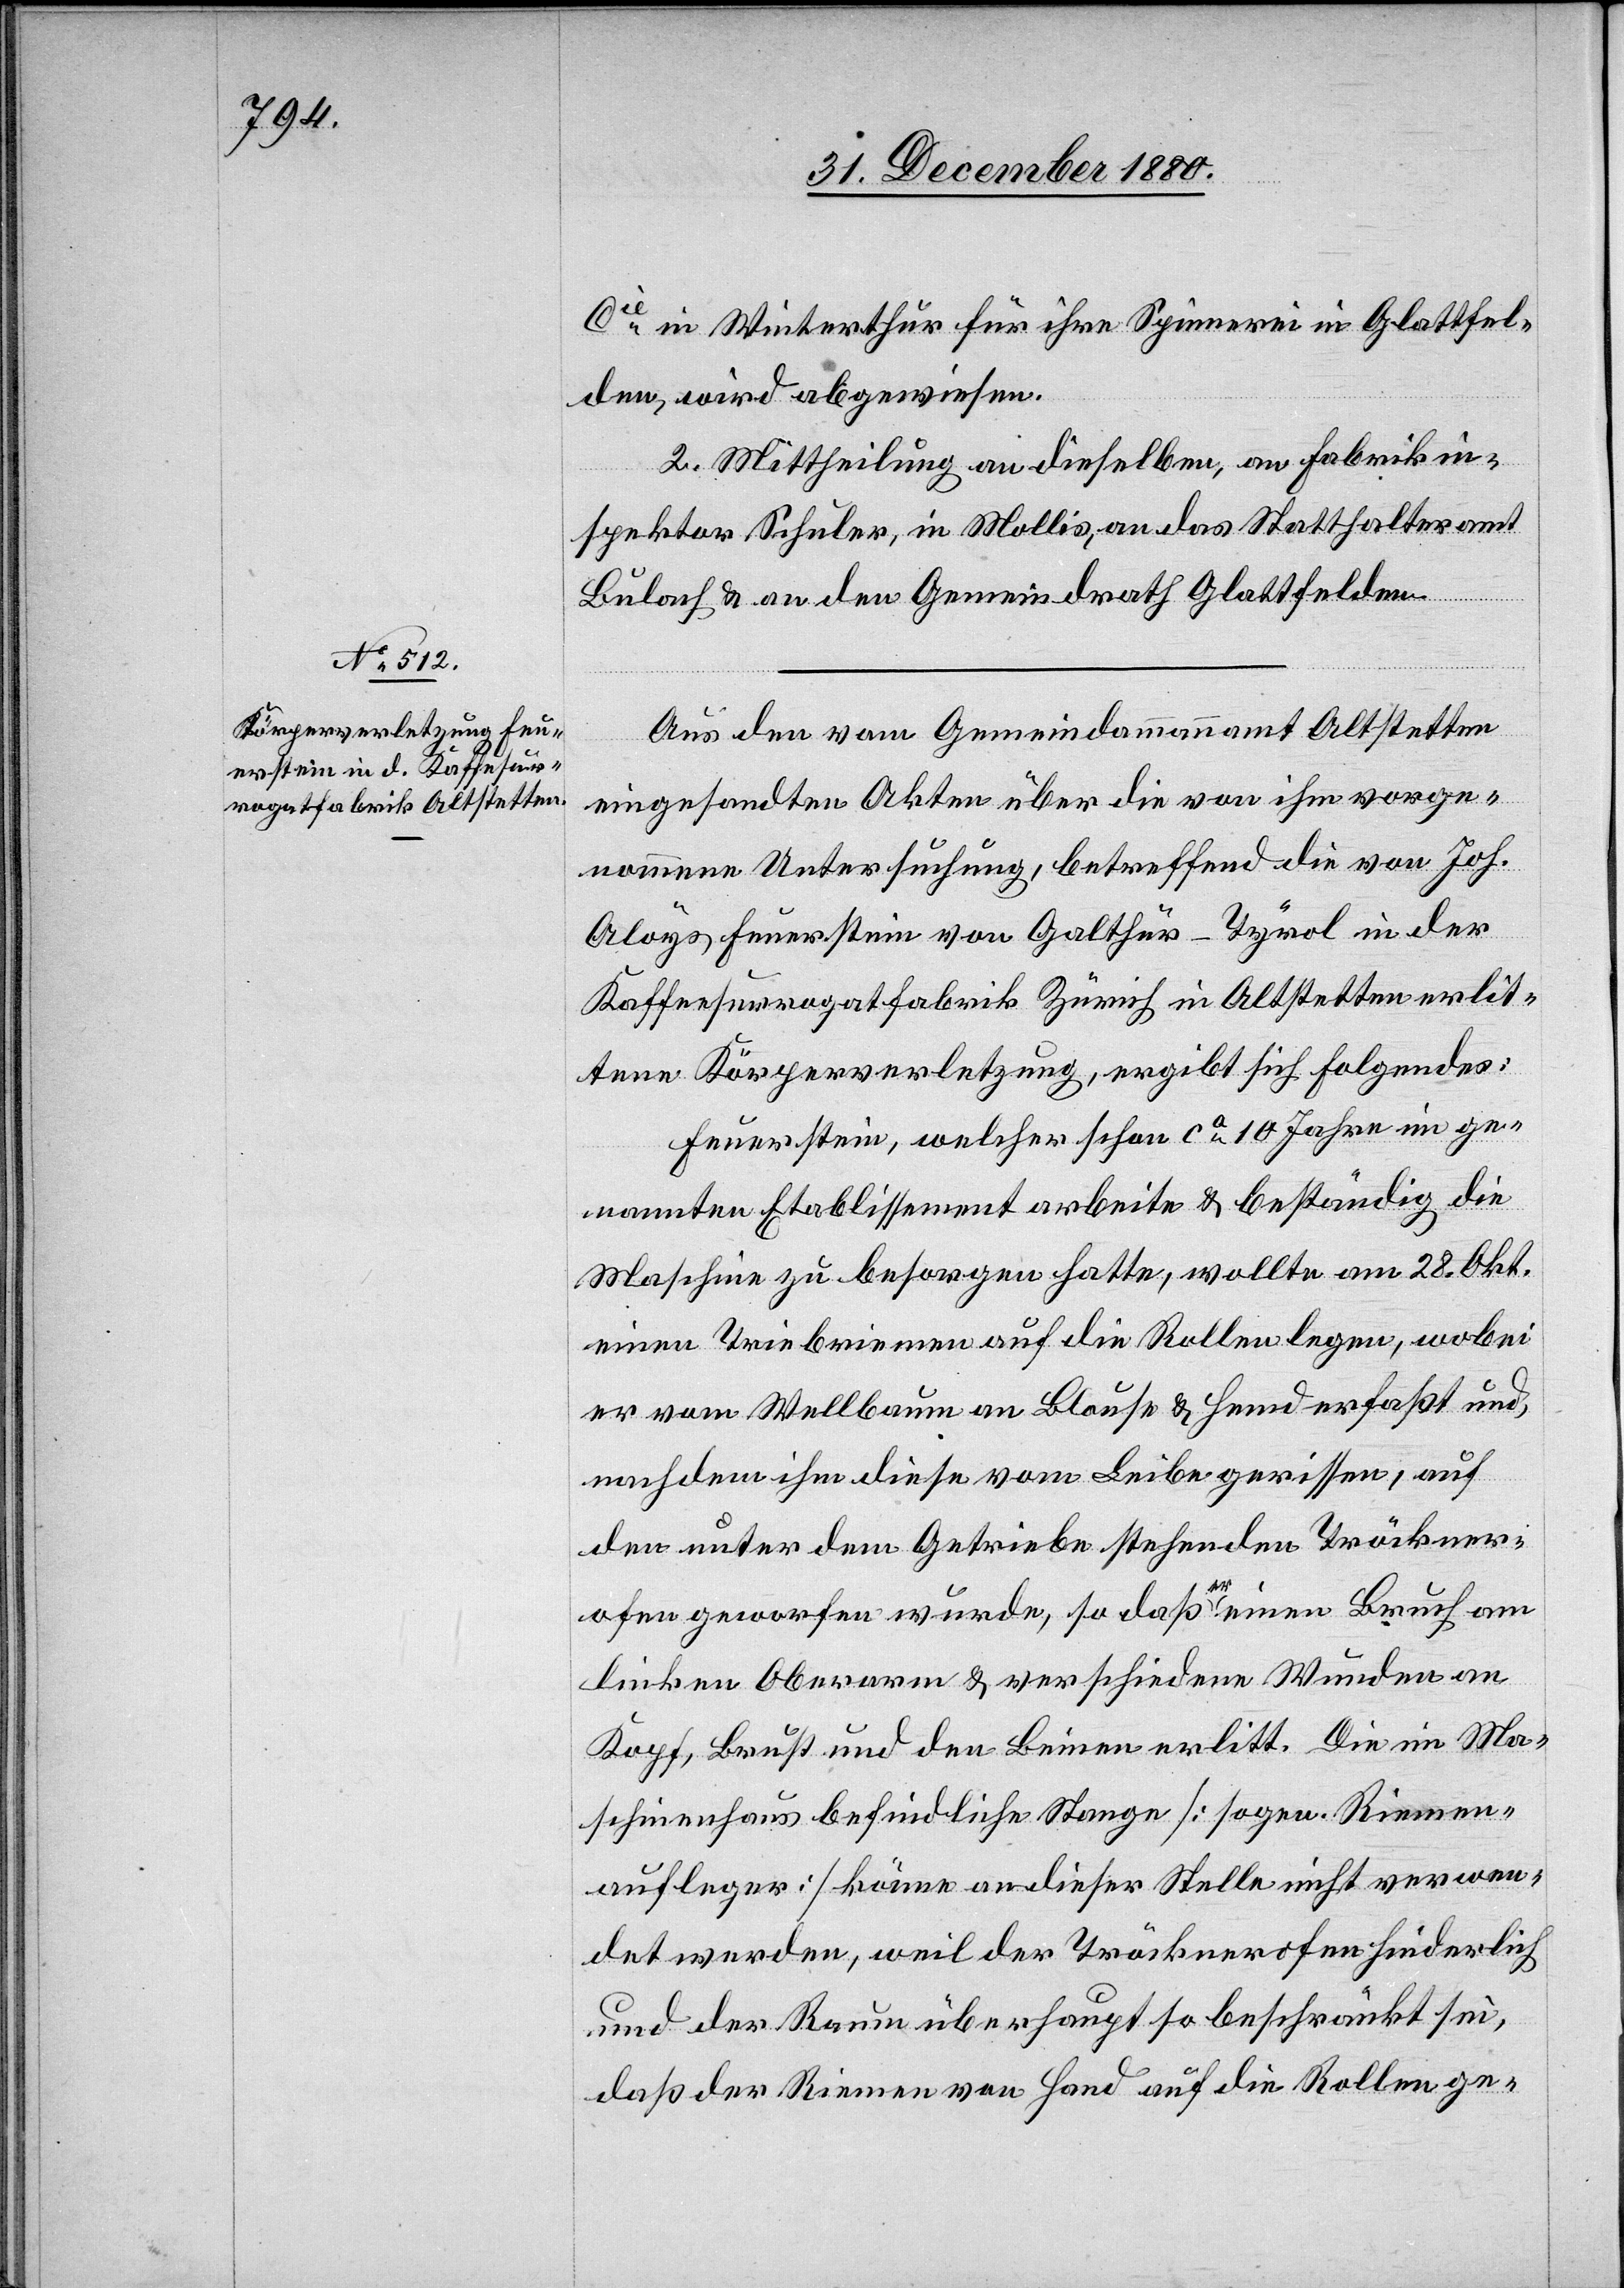
Cie in Winterthur für ihre Spinnerei in Glattfel¬
den, wird abgewiesen.
2. Mittheilung an dieselben, an Fabrikin¬
spektor Schuler, in Mollis, an das Statthalteramt
Bülach & an den Gemeindrath Glattfelden.
Aus den vom Gemeindammannamt Altstetten
eingesandten Akten über die von ihm vorge¬
nommene Untersuchung, betreffend die von Joh.
Aloys Feuerstein von Galthür - Tyrol in der
Kaffeesurrogatfabrik [sic!] Zürich in Altstetten erlit¬
tene Körperverletzung, ergibt sich folgendes:
Feuerstein, welcher schon ca 10 Jahre im ge¬
nannten Etablissement arbeite & beständig die
Maschine zu besorgen hatte, wollte am 28. Okt.
einen Treibriemen auf die Rollen legen, wobei
er vom Wellbaum an Blouse & Hemd erfaßt und,
nachdem ihm diese vom Leibe gerissen, auf
den unter dem Getriebe stehenden Tröckner¬
ofen geworfen wurde, so daß er einen Bruch am
linken Oberarm & verschiedene Wunden an
Kopf, Brust und den Beinen erlitt. Die im Ma¬
schinenhaus befindliche Stange [sogen. Riemen¬
aufleger] könne an dieser Stelle nicht verwen¬
det werden, weil der Tröcknerofen hinderlich
und der Raum überhaupt so beschränkt sei,
daß der Riemen von Hand auf die Rollen ge-